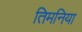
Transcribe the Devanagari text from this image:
तिमनिया